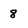
Character: 8